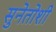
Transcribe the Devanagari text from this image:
सुनेतोशी